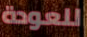
للعودة